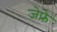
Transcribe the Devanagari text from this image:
जेफ्रे